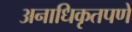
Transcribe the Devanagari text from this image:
अनाधिकृतपणे